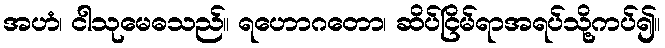
အဟံ၊ ငါသုမေဓသည်။ ရဟောဂတော၊ ဆိပ်ငြိမ်ရာအရပ်သို့ကပ်၍။